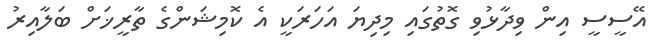
އޭސީސީ އިން ވިދާޅުވި ގޮތުގައި މިދިޔަ އަހަރަކީ އެ ކޮމިޝަންގެ ތާރީޚަށް ބަލާއިރު